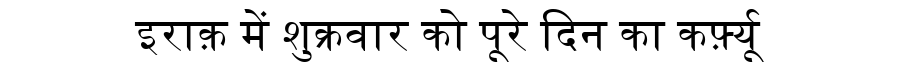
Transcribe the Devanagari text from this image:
इराक़ में शुक्रवार को पूरे दिन का कर्फ़्यू